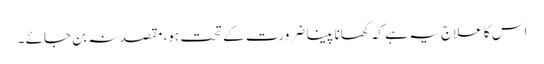
اس کا علاج یہ ہے کہ کھانا پینا ضرورت کے تحت ہو، مقصد نہ بن جائے ۔